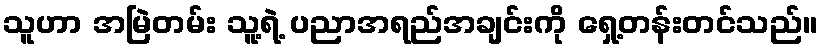
သူဟာ အမြဲတမ်း သူ့ရဲ့ ပညာအရည်အချင်းကို ရှေ့တန်းတင်သည်။